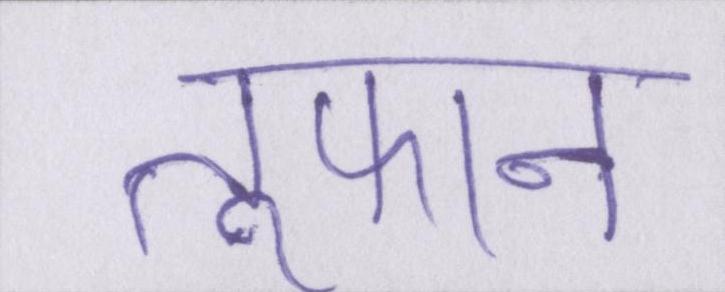
तूफान